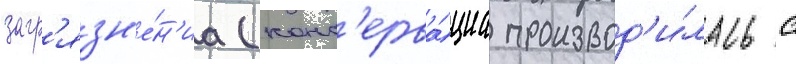
загр'язн'е́н'иа (конс'ерва́циа производ'и́лась с